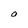
Character: O